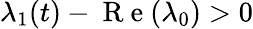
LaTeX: \lambda_{1}(t)-\mathrm{~R~e~}(\lambda_{0})>0